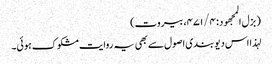
( بزل المجھود : ۴۷۱/۴، بیروت)
لہذا اس دیو بندی اصول سے بھی یہ روایت مشکوک ہوئی۔